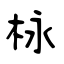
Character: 栐